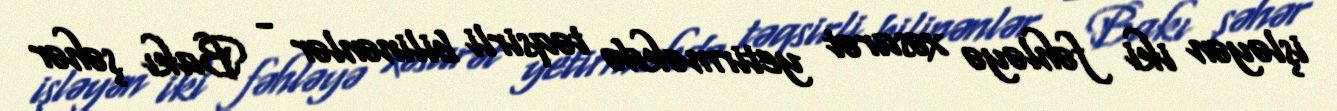
işləyən iki fəhləyə xəsarət yetirməkdə təqsirli bilinənlər - Bakı şəhər